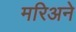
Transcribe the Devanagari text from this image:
मरिअने